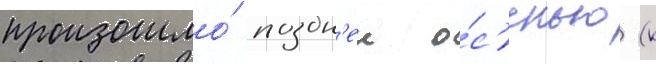
произошло́ поздн'еи о́с'енью (к